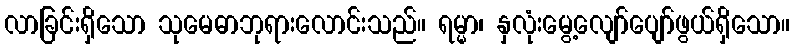
လာခြင်းရှိသော သုမေဓာဘုရားလောင်းသည်။ ရမ္မာ၊ နှလုံးမွေ့လျော်ပျော်ဖွယ်ရှိသော။